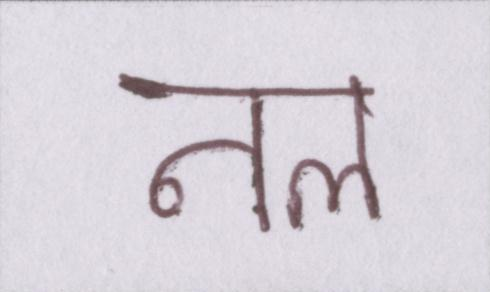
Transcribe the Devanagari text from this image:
नल